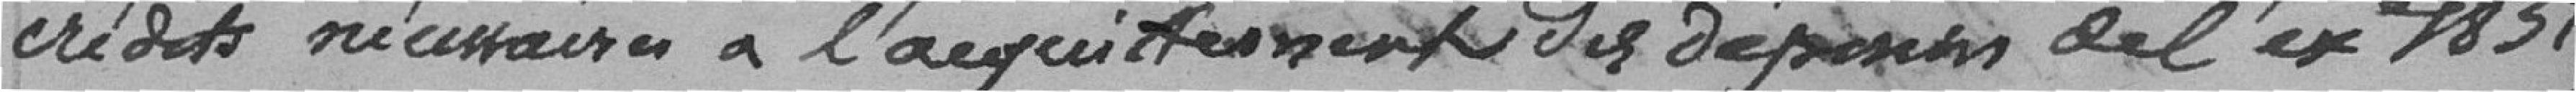
crédits nécessaires à l'acquittement des dépenses de l'ex 1857,